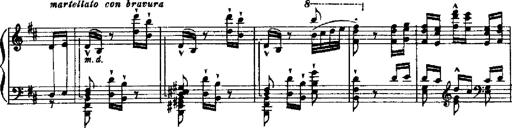
Title: RÃ©miniscences de Robert le diable
Composer: Franz Liszt